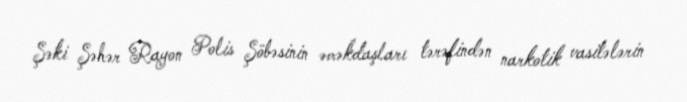
Şəki Şəhər Rayon Polis Şöbəsinin əməkdaşları tərəfindən narkotik vasitələrin